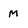
Character: M